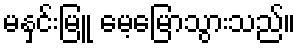
မနှင်းမြူ မေ့မြောသွားသည်။